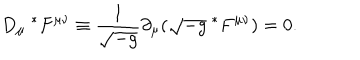
LaTeX: D _ { \mu } ~ ^ { * } F ^ { \mu \nu } \equiv \frac { 1 } { \sqrt { - g } } \partial _ { \mu } ( \sqrt { - g } ~ ^ { * } F ^ { \mu \nu } ) = 0 .